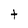
Character: t